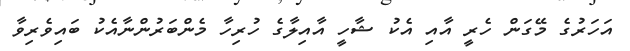
އަހަރުގެ މޭގަން ހެރީ އާއި އެކު ޝާހީ އާއިލާގެ ހުރިހާ މެންބަރުންނާއެކު ބައިވެރިވާ